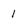
Character: 1